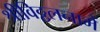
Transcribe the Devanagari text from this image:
श्रीविठ्ठलनामें